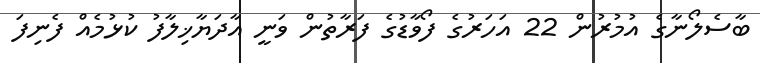
ބާސެލޯނާގެ އުމުރުން 22 އަހަރުގެ ފޯވާޑުގެ ފަރާތުން ވަނީ އާދަޔާޚިލާފު ކުޅުމެއް ފެނިފަ